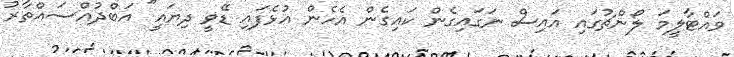
ވައްޓާލީމަ ލޯންޗުގައި އައިސް ނަގައިގެން ކައިގެން އެހެން އުޅެފައި ޑޭވީ ދިޔައީ" އަބްދުއްސައްތާރު